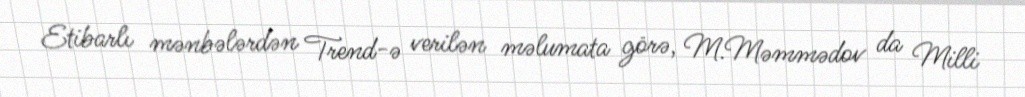
Etibarlı mənbələrdən Trend-ə verilən məlumata görə, M.Məmmədov da Milli